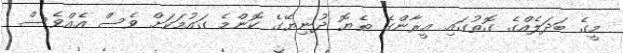
މީގެ ބަދަލެއްގެ ގޮތުގައި އީރާންގެ ތެޔޮ ދުނިޔޭގެ ކޮންމެ ގައުމަކަށް ވެސް އެއްވެސް